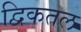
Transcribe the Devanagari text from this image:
द्विकतल